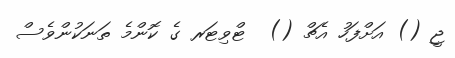
ޖީ () އަށްފަހު އެޗް ()  ޓްވިޓަރ ގެ ކޮންމެ ތަނަކުންވެސް